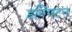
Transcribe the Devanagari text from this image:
डनिंगटन